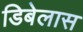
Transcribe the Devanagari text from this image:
डिबेलास